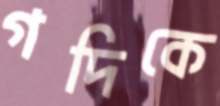
গদিকে